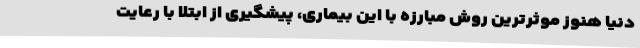
دنیا هنوز موثرترین روش مبارزه با این بیماری، پیشگیری از ابتلا با رعایت